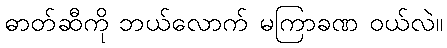
ဓာတ်ဆီကို ဘယ်လောက် မကြာခဏ ဝယ်လဲ။